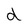
Character: d